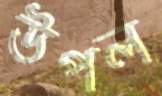
উপল